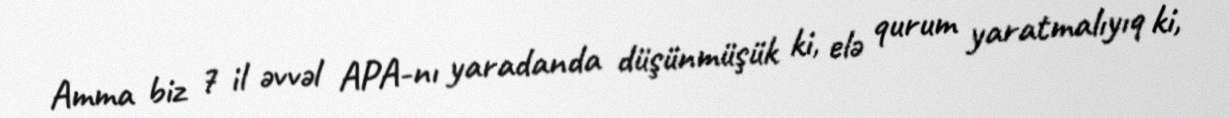
Amma biz 7 il əvvəl APA-nı yaradanda düşünmüşük ki, elə qurum yaratmalıyıq ki,